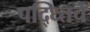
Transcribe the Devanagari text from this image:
पद्ध्तिचे